Insane asylums in Bengal annual reports 1876-1887 - 1876-1887
Year: 1876
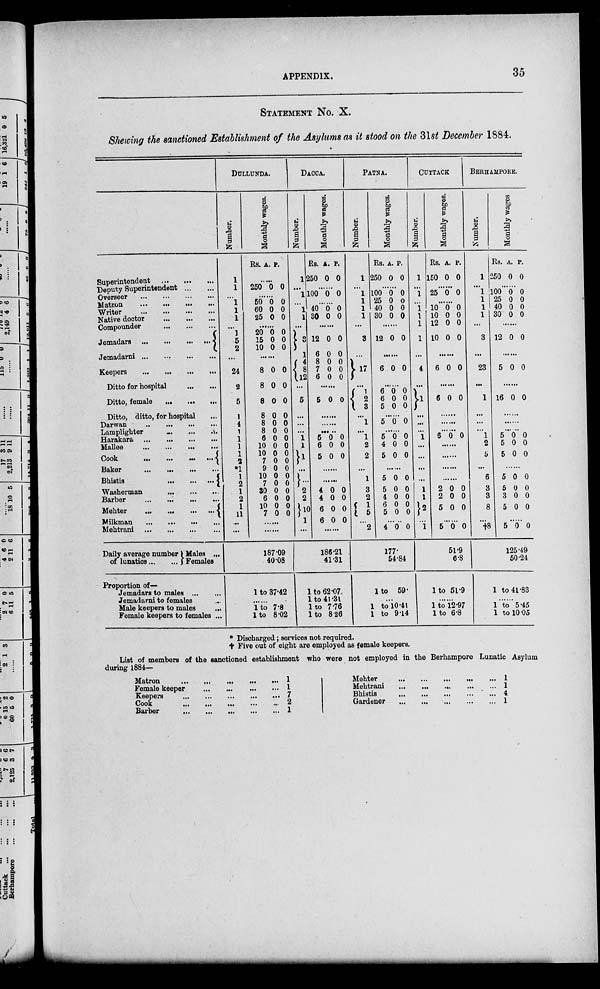
APPENDIX.
35
STATEMENT NO. X.
Showing the sanctioned Establishment of the Asylums as it stood on the 31st December 1884.
Superintendent ... ... ...
Deputy Superintendent ... ...
Overseer
...
...
...
...
Matron
...
...
...
...
Writer
...
...
...
...
Native doctor
...
...
...
Compounder
...
...
...
Jemadars
...
...
...
...
Jemadarni
...
...
...
...
Keepers
...
...
...
...
Ditto for hospital
...
...
Ditto, female
...
...
....
Ditto, ditto, for hospital ...
Darwan
...
...
...
...
Lamplighter
...
...
...
Harakara
...
...
...
...
Mallee ... ... ... ...
Cook ... ... ... ...
Baker
...
...
...
...
Bhistis
...
...
...
Washerman
...
...
...
Barber
...
...
...
...
Mehter
...
...
...
...
Milkman ... ... ... ...
Mehtrani
...
...
...
...
Daily average number
of lunatics ... ...
Males ...
Females
Proportion of—
Jemadars to males ... ...
Jemadarni to females ...
Male keepers to males ...
Female keepers to females ...
DULLUNDA.
Number.
1
1
...
1
1
1
...
1
5
2
24
2
5
1
4
1
1
1
1
2
*1
1
2
1
2
1
11
...
...
Monthly wages.
Rs. A.
P.
......
250 0 0
......
50
60
25
0
0
0
0
0
0
......
20
15
10
0
0
0
0
0
0
......
8
8
8
8
8
8
6
10
10
7
9
10
7
30
6
10
7
0
0
0
0
0
0
0
0
0
0
0
0
0
0
0
0
0
0
0
0
0
0
0
0
0
0
0
0
0
0
0
0
0
0
......
187.09
40.08
1 to 37.42
......
1 to 7.8
1 to 8.02
DACCA.
Number.
1
...
1
...
1
1
...
3
1
4
8
12
...
5
...
...
...
1
1
1
...
...
2
2
10
1
...
Monthly wages.
Rs.
250
A.
0
P.
0
......
100 0 0
......
40
30
0
0
0
0
......
12
6
8
7
6
0
0
0
0
0
0
0 0
0
0
......
5 0 0
......
......
......
5
6
5
0
0
0
0
0
0
......
......
4
4
6
6
0
0
0
0
0
0
0
0
......
186.21
41.31
1 to 62.07.
1 to 41 .31
1 to 7.76
1 to 8.26
PATNA.
Number.
1
...
1
1
1
1
...
3
...
17
...
1
2
3
...
1
...
1
2
2
1
3
2
1
5
...
2
Monthly wages.
Rs.
250
A.
0
P.
0
......
100
25
40
30
0
0
0
0
0
0
0
0
......
12 0 0
......
6 0 0
......
6
6
5
0
0
0
0
0
0
......
5
5
4
5
0
0
0
0
0
0
0
0
......
5
5
4
6
5
0
0
0
0
0
0
0
0
0
0
......
4 0 0
177.
54.84
1 to 59.
......
1 to 10.41
1 to 9.14
CUTTACK
Number.
1
...
1
...
1
1
1
1
...
4
...
1
...
...
...
1
...
...
...
...
1
1
2
...
1
Monthly wages.
Rs.
150
A.
0
P.
0
......
25 0 0
......
10
10
12
10
0
0
0
0
0
0
0
0
......
6 0 0
......
6 0 0
......
......
......
6 0 0
......
......
......
2
2
5
0
0
0
0
0
0
......
5 0 0
51.9
6.8
1 to 51.9
......
1 to 12.97
1 to 6.8
BERHAMPORE.
Number.
1
...
1
1
1
1
...
3
...
23
...
1
...
...
...
1
2
5
...
6
3
3
8
...
†8
Monthly wages
Rs.
250
A.
0
P.
0
......
100
25
40
30
0
0
0
0
0
0
0
0
......
12 0 0
......
5 0 0
......
16 0 0
......
......
... ..
5
5
5
0
0
0
0
0
0
......
5
5
3
5
0
0
0
0
0
0
0
0
......
5 0 0
125.49
50.24
1 to 41.83
......
1 to 5.45
1 to 10.05
* Discharged; services not required.
† Five out of eight are employed as female keepers.
List of members of the sanctioned establishment who were not employed in the Berhampore Lunatic Asylum
during 1884—
Matron
...
...
...
...
...
1
Female keeper
...
...
...
...
1
Keepers
...
...
...
...
...
7
Cook
...
...
...
...
...
2
Barber
...
...
...
...
...
1
Mehter
...
...
...
...
...
1
Mehtrani
...
...
...
...
...
1
Bhistis
...
...
...
...
...
4
Gardener
...
...
...
...
...
1